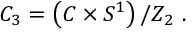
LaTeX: { \cal C } _ { 3 } = \left( C \times S ^ { 1 } \right) / Z _ { 2 } \ .